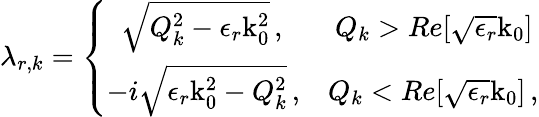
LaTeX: \lambda_{r,k}=\left\{ \begin{array}{ll}{\, \, \, \sqrt{Q_{k}^{2}-\epsilon_{r}\mathrm{k}_{0}^{2}}\, ,}&{\ Q_{k}>Re[\sqrt{\epsilon_{r}}\mathrm{k}_{0}]\, }\\ {-i\sqrt{\epsilon_{r}\mathrm{k}_{0}^{2}-Q_{k}^{2}}\, ,}&{Q_{k}<Re[\sqrt{\epsilon_{r}}\mathrm{k}_{0}]\, ,}\end{array}\right.